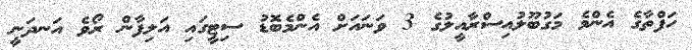
ހަފްތާގެ އެންމެ މަގުބޫލުއިސްރާއީލުގެ 3 ވަނައަށް އެންމެބޮޑު ސިޓީގައި އަލިފާން ރޯވެ އަނދަނީ